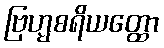
ဗြဟ္မစရိယတ္ထော